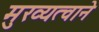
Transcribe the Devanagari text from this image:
मुख्यत्वाने